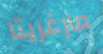
مارغريتا